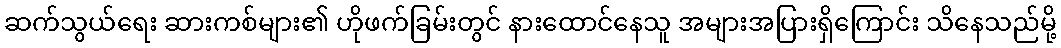
ဆက်သွယ်ရေး ဆားကစ်များ၏ ဟိုဖက်ခြမ်းတွင် နားထောင်နေသူ အများအပြားရှိကြောင်း သိနေသည်မို့